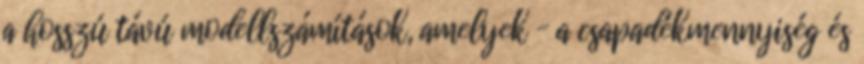
a hosszú távú modellszámítások, amelyek – a csapadékmennyiség és